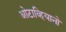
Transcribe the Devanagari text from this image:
ओटाव्हियानो